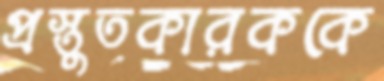
প্রস্তুতকারককে